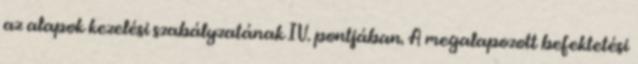
az alapok kezelési szabályzatának IV. pontjában. A megalapozott befektetési